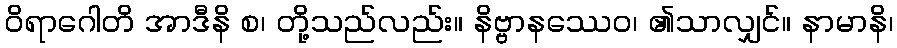
ဝိရာဂေါတိ အာဒီနိ စ၊ တို့သည်လည်း။ နိဗ္ဗာနဿေဝ၊ ၏သာလျှင်။ နာမာနိ၊